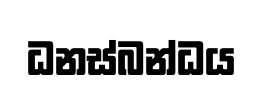
ධනස්බන්ධය